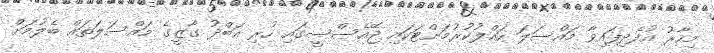
މިހާރު އުފެދިފައިވާ މައްސަލަ ހައްލުކުރުމަށްޓަކައި ޖޭއެސްސީގައި ހުރި އަބްދު ގާޒީގެ މައްސަލަތައް ބެލުމަށް